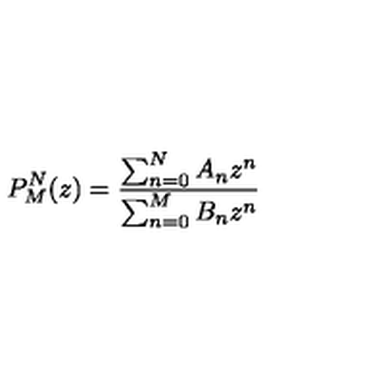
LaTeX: P _ { M } ^ { N } ( z ) = \frac { \sum _ { n = 0 } ^ { N } A _ { n } z ^ { n } } { \sum _ { n = 0 } ^ { M } B _ { n } z ^ { n } }